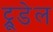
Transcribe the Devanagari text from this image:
ट्रूडेल